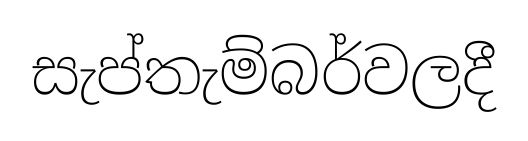
සැප්තැම්බර්වලදී